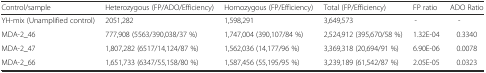
| Control/sample | Heterozygous (FP/ADO/Efficiency) | Homozygous (FP/Efficiency) | Total (FP/Efficiency) | FP ratio | ADO Ratio |
 | --- | --- | --- | --- | --- | --- |
 | YH-mix (Unamplified control) | 2051,282 | 1,598,291 | 3,649,573 | - | - |
 | MDA-2_46 | 777,908 (5563/390,038/37 %) | 1,747,004 (390,107/84 %) | 2,524,912 (395,670/58 %) | 1.32E-04 | 0.3340 |
 | MDA-2_47 | 1,807,282 (6517/14,124/87 %) | 1,562,036 (14,177/96 %) | 3,369,318 (20,694/91 %) | 6.90E-06 | 0.0078 |
 | MDA-2_66 | 1,651,733 (6347/55,158/80 %) | 1,587,456 (55,195/95 %) | 3,239,189 (61,542/87 %) | 2.05E-05 | 0.0323 |